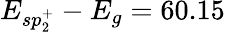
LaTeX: E_{sp_{2}^{+}}-E_{g}=60.15